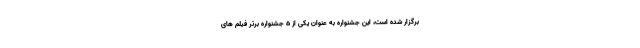
برگزار شده است، این جشنواره به عنوان یکی از 5 جشنواره برتر فیلم های